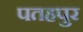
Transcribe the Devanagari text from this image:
पतहपुर